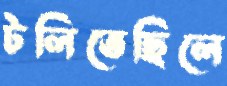
টলিতেছিলে